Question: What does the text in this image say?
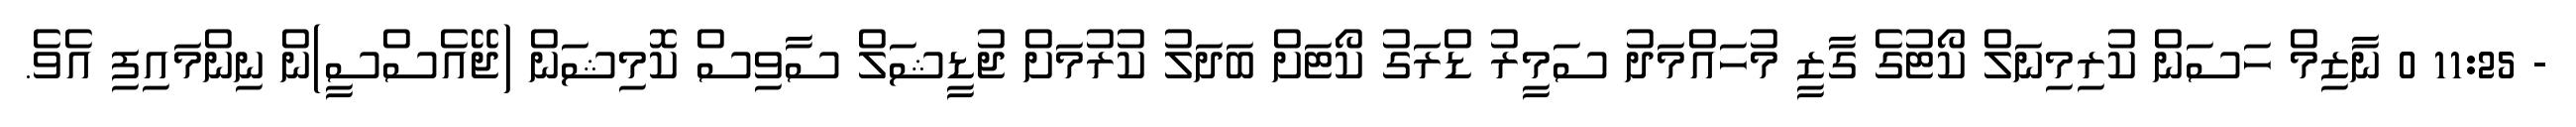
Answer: - 11:25 0 ނާޒިމް ހަސަން ކުރިމިނަލް ކޯޓުގެ ގާޒީ މުހައްމަދު ސަމީރު ޑްރަގު ކޯޓަށް ބަދަލު ކުރުމަށް ޖުޑީޝަލް ސާވިސް ކޮމިޝަން (ޖޭއެސްސީ)ން ނިންމައިފި އެވެ.